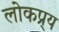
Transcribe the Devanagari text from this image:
लोकप्र्य